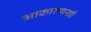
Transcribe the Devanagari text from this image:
आकारमानही